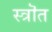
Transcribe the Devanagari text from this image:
स्त्रॊत